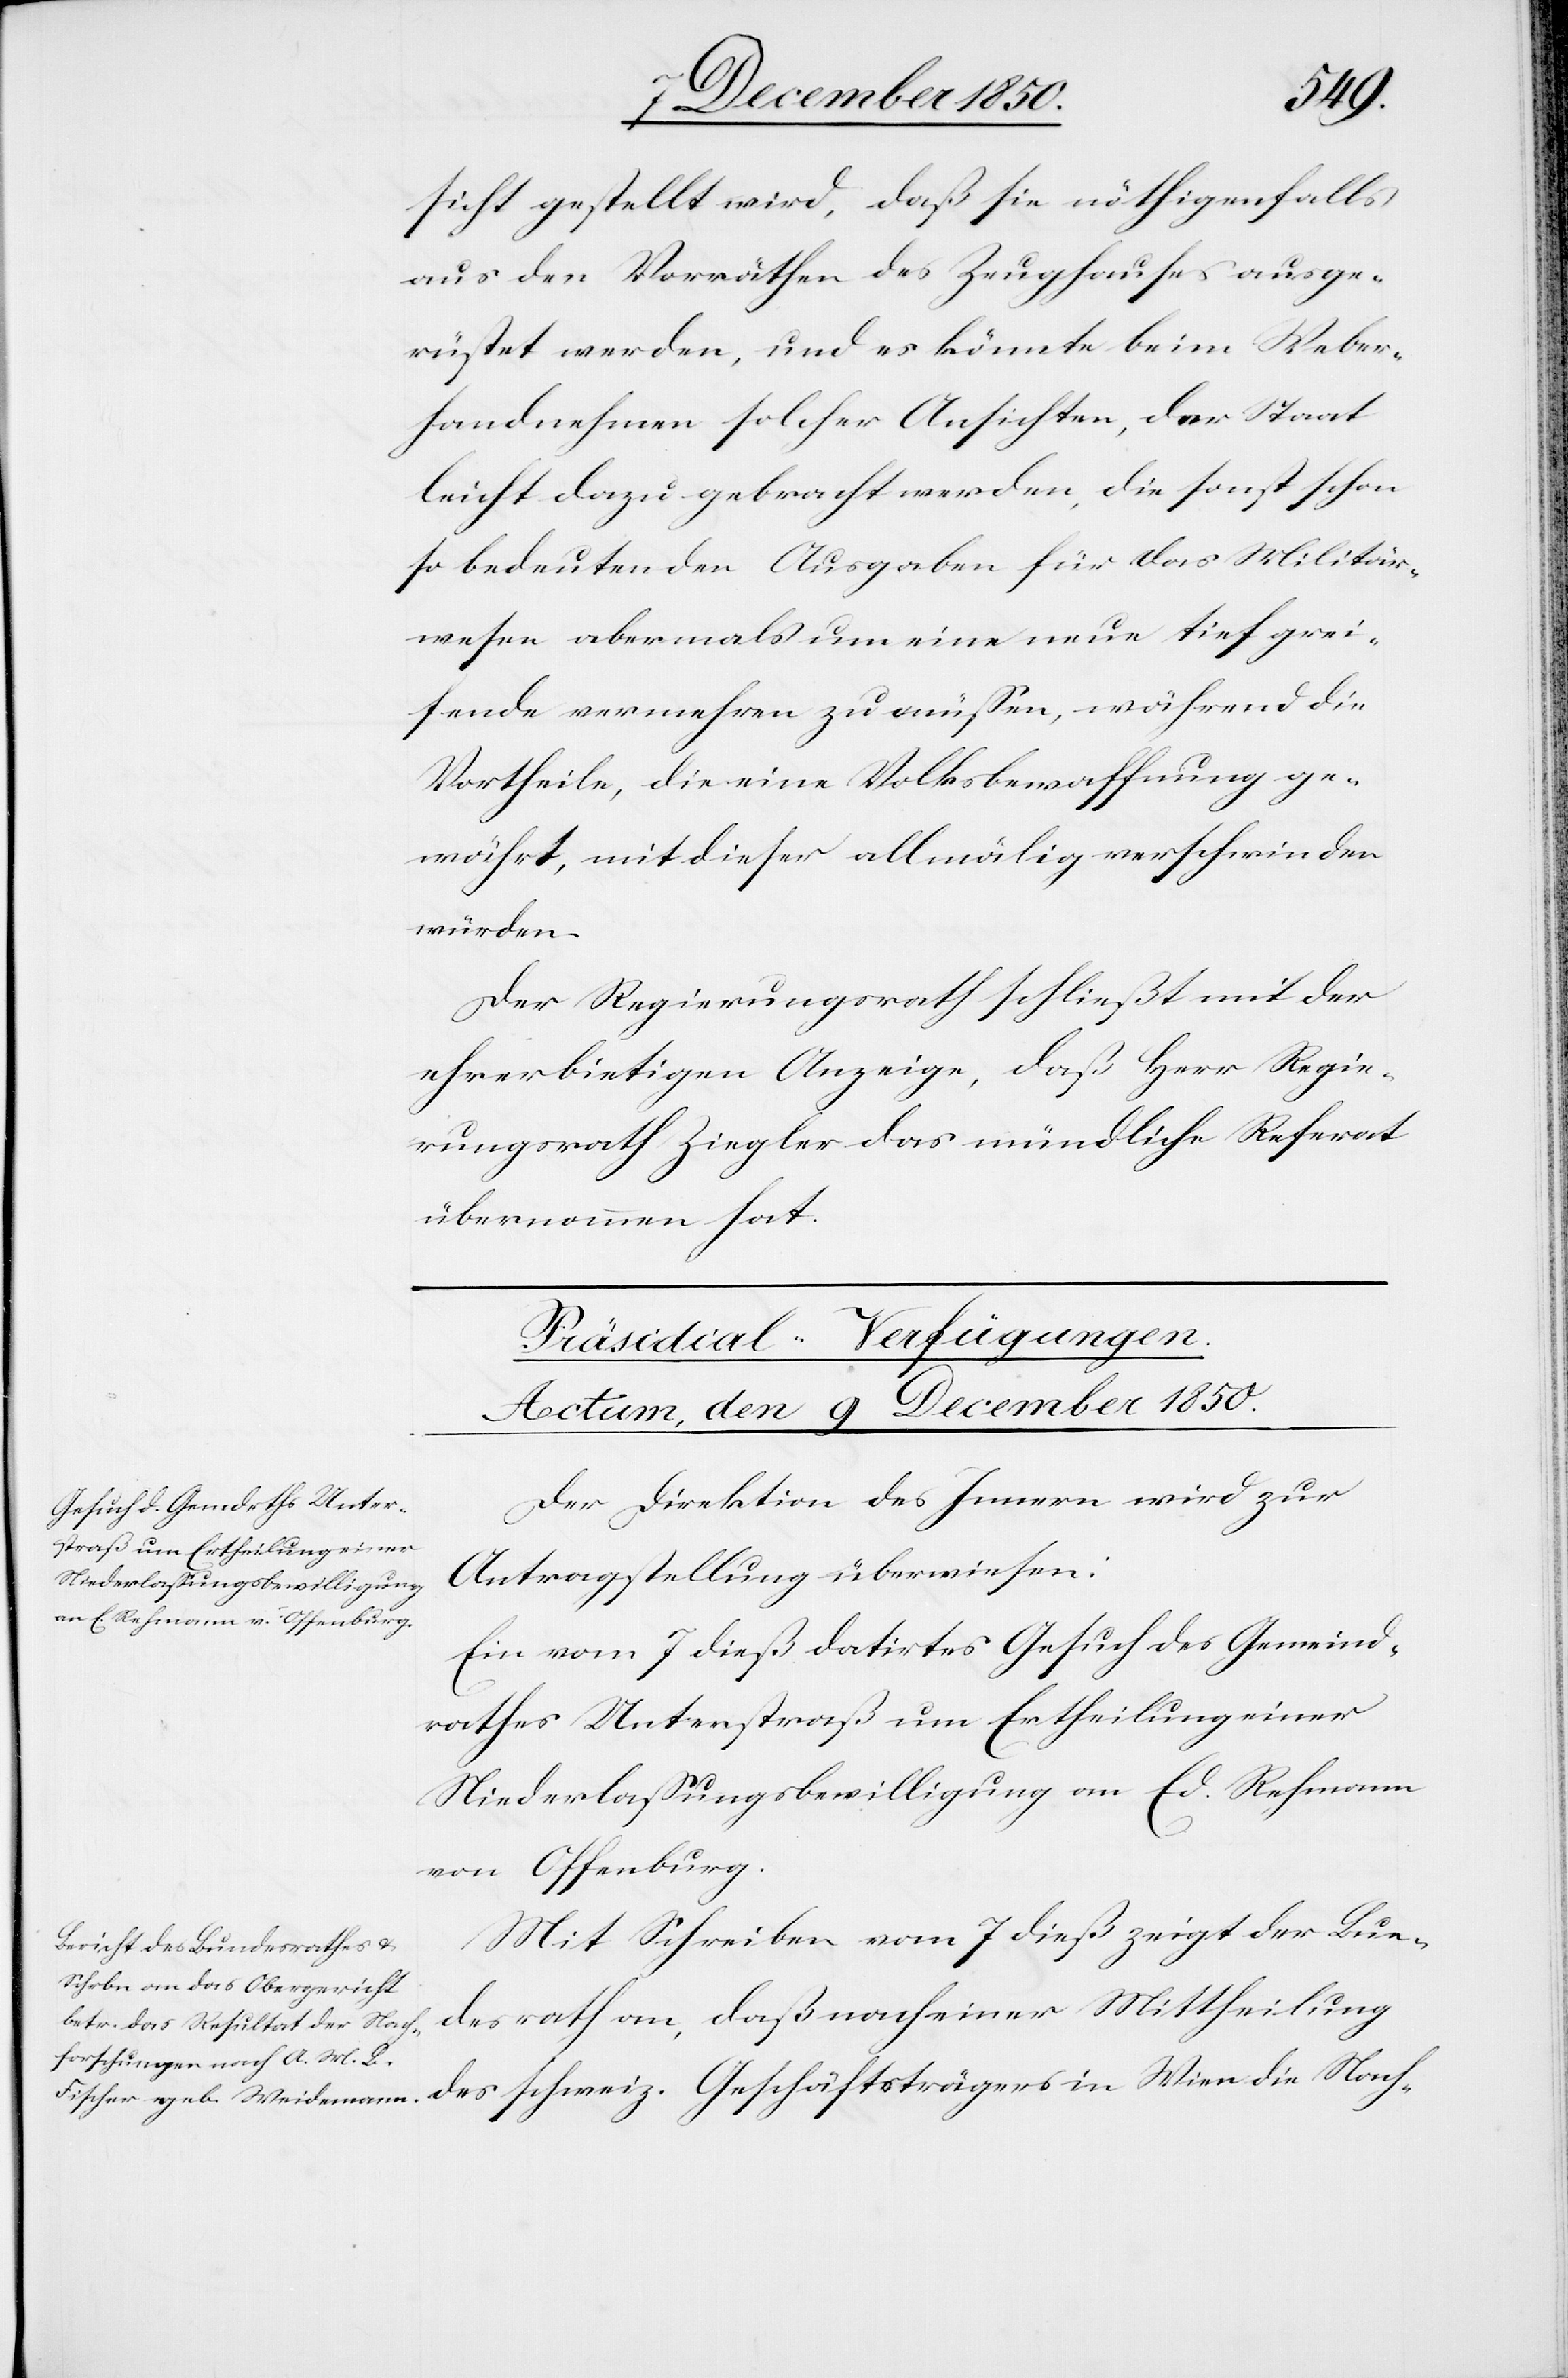
die
sicht gestellt wird, daß sie nöthigenfalls
aus den Vorräthen des Zeughauses ausge¬
rüstet werden, und es könnte beim Weber¬
handnehmen] solcher Ansichten, der Staat
leicht dazu gebracht werden, die sonst schon
so bedeutenden Ausgaben für das Militär¬
wesen abermals um eine neue tief grei¬
fende vermehren zu müssen, während die
Vortheile, die eine Volksbewaffnung ge¬
währt, mit dieser allmälig verschwinden
würden.
Der Regierungsrath schließt mit der
ehrerbietigen Anzeige, daß Herr Regie¬
rungsrath Ziegler das mündliche Referat
übernommen hat.
[Präsidial-Verfügungen.
Actum, den 9 December 1850.]
Der Direktion des Innern wird zur
Antragstellung überwiesen:
Ein vom 7 dieß datirtes Gesuch des Gemeind¬
rathes Unterstraß um Ertheilung einer
Niederlassungsbewilligung an Ed. Rehmann
von Offenburg.
Mit Schreiben vom 7 dieß zeigt der Bun¬
desrath an, daß nach einer Mittheilung